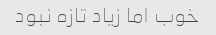
خوب اما زیاد تازه نبود